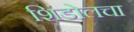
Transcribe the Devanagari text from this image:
शिंडोलचा